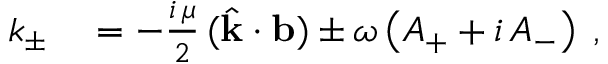
\begin{array} { r l } { k _ { \pm } } & { { } = - \frac { i \, \mu } { 2 } \, ( \hat { \bf { k } } \cdot { \bf { b } } ) \pm \omega \left( A _ { + } + i \, A _ { - } \right) \; , } \end{array}